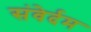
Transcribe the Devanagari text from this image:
संवेर्दम